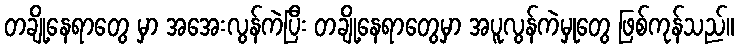
တချို့နေရာတွေ မှာ အအေးလွန်ကဲပြီး တချို့နေရာတွေမှာ အပူလွန်ကဲမှုတွေ ဖြစ်ကုန်သည်။